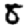
Digit: 8